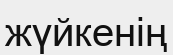
жүйкенің